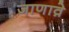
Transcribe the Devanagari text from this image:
जाणावे़